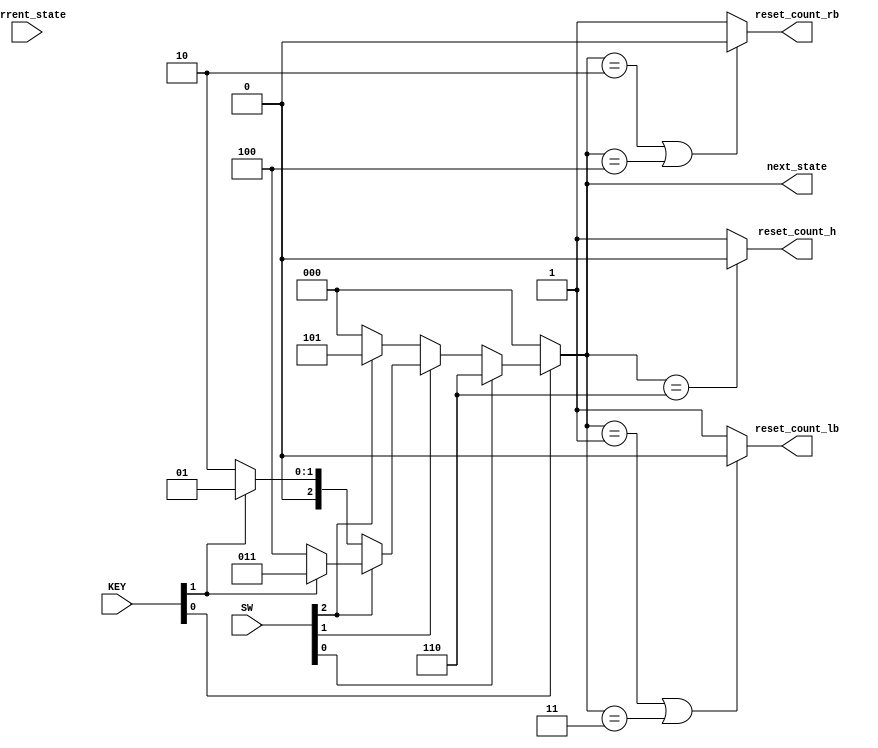
module nsl ( input [2:0]current_state, input [9:0]SW, input [1:0]KEY, output reg [2:0]next_state, output reg reset_count_rb, output reg reset_count_lb, output reg reset_count_h );

parameter IDEL  = 3'b000;
parameter LEFT  = 3'b001;
parameter RIGHT  = 3'b010;
parameter LBREAK  = 3'b011;
parameter RBREAK  = 3'b100;
parameter BREAK  = 3'b101;
parameter HAZARD  = 3'b110;

always @ ( current_state, SW, KEY )
    begin
        if ( KEY[0] == 0) begin
            next_state = IDEL;
        end else if( SW[0] == 1 ) begin
            next_state = HAZARD;
        end else if( SW[1] == 1 ) begin
            if ( SW[2] == 1 ) begin
                if ( KEY[1] == 0 ) begin 
                    next_state = RBREAK;
                end else begin
                    next_state = LBREAK;
                end
            end else begin
                if ( KEY[1] == 0 ) begin 
                    next_state = RIGHT;
                end else begin
                    next_state = LEFT;
                end
            end
        end else if( SW[2] == 1) begin
            next_state = BREAK;
        end else begin 
            next_state = IDEL;
        end

        if(next_state == RIGHT || next_state == RBREAK ) begin
            reset_count_rb = 0;
        end else begin
            reset_count_rb = 1;
        end
        if(next_state == LEFT || next_state == LBREAK ) begin
            reset_count_lb = 0;
        end else begin
            reset_count_lb = 1;
        end
        if(next_state == HAZARD ) begin
            reset_count_h = 0;
        end else begin
            reset_count_h = 1;
        end
    end
endmodule